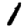
Digit: 1